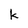
Character: k